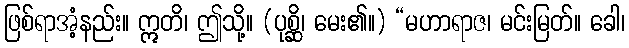
ဖြစ်ရာအံ့နည်း။ ဣတိ၊ ဤသို့။ (ပုစ္ဆိ၊ မေး၏။) “မဟာရာဇ၊ မင်းမြတ်။ ခေါ၊